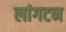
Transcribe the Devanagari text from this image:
लांगटन